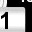
Digit: 1